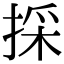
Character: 採